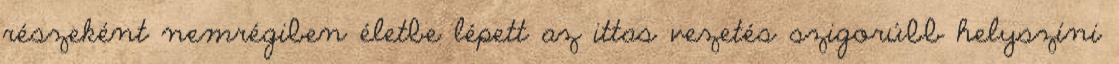
részeként nemrégiben életbe lépett az ittas vezetés szigorúbb helyszíni